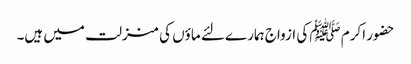
حضور اکرم ﷺ کی ازواج ہمارے لئے ماؤں کی منزلت میں ہیں۔